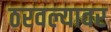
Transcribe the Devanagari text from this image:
ठरवल्यावर